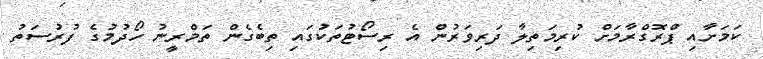
ކަމަށާއި ޕްރޮގްރާމަށް ކުރިމަތިލާ ދަރިވަރުން އެ ރިސޯޓުތަކުގައި ތިބެގެން ތަމްރީނު ހޯދުމުގެ ފުރުސަތު